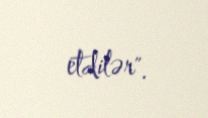
etdilər".